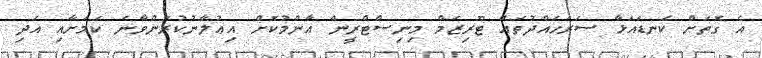
އެ ގޮތަށް ކަނޑައަޅާ ސަރަހައްދުތައް ޓޫރިޒަމް މިނިސްޓްރީން އާންމުކޮށް އިޢުލާނުކުރަންވާނެ ކަމަށާއި އަދި